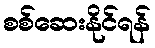
စစ်ဆေးနိုင်ရန်